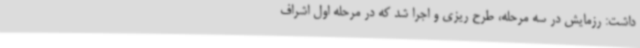
داشت: رزمایش در سه مرحله، طرح ریزی و اجرا شد که در مرحله اول اشراف